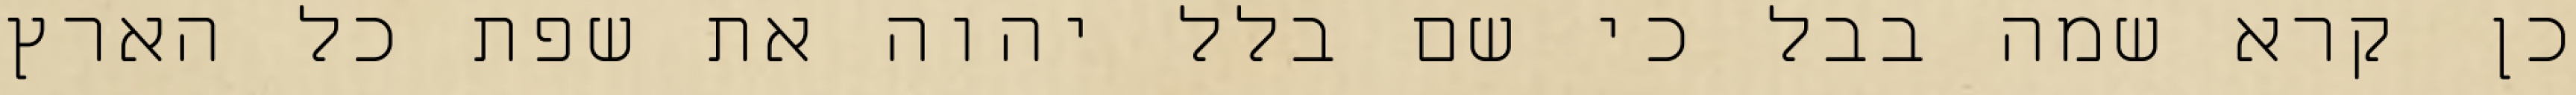
כן קרא שמה בבל כי שם בלל יהוה את שפת כל הארץ